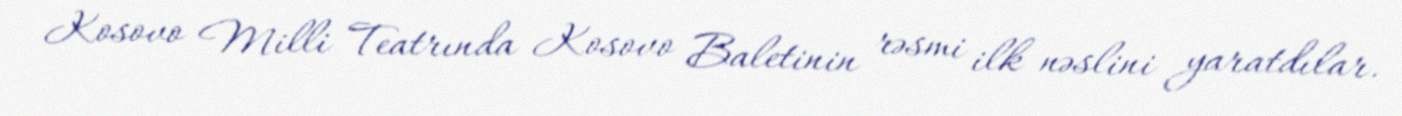
Kosovo Milli Teatrında Kosovo Baletinin rəsmi ilk nəslini yaratdılar.